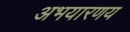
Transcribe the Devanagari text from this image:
अभयारणय